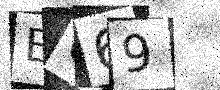
Text: E069